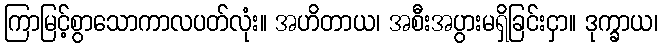
ကြာမြင့်စွာသောကာလပတ်လုံး။ အဟိတာယ၊ အစီးအပွားမရှိခြင်းငှာ။ ဒုက္ခာယ၊